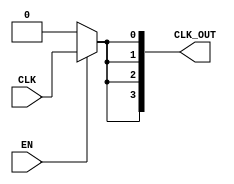
module skew_optimized_clock_buffer (
    input wire CLK,          // Input clock signal
    input wire EN,          // Enable signal
    output wire [3:0] CLK_OUT // Output clock signals (4 outputs for example)
);

    // Internal signals for clock distribution
    wire clk_buf;           // Buffered clock signal

    // Input stage: Simple buffer to amplify the clock signal
    // This can be replaced with a more complex buffer if needed
    buf (clk_buf, CLK);

    // Distribution network: Balanced tree structure
    // Here we use a simple fanout approach for demonstration
    generate
        genvar i;
        for (i = 0; i < 4; i = i + 1) begin : clk_distribution
            // Each output is driven by the buffered clock signal
            // The enable signal controls whether the output is active
            assign CLK_OUT[i] = EN ? clk_buf : 1'b0; // Output is 0 when EN is low
        end
    endgenerate

endmodule